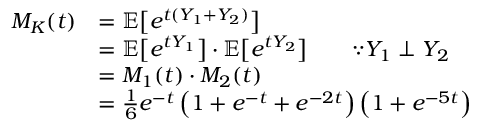
\begin{array} { r l } { M _ { K } ( t ) } & { = \mathbb { E } \bigl [ e ^ { t ( Y _ { 1 } + Y _ { 2 } ) } \bigr ] } \\ & { = \mathbb { E } \bigl [ e ^ { t Y _ { 1 } } \bigr ] \cdot \mathbb { E } \bigl [ e ^ { t Y _ { 2 } } \bigr ] \qquad \because Y _ { 1 } \perp Y _ { 2 } } \\ & { = M _ { 1 } ( t ) \cdot M _ { 2 } ( t ) } \\ & { = \frac 1 6 e ^ { - t } \left( 1 + e ^ { - t } + e ^ { - 2 t } \right) \left( 1 + e ^ { - 5 t } \right) } \end{array}